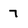
Character: 7